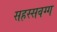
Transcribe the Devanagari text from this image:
सहस्सवग्ग